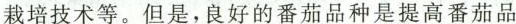
栽培技术等。但是，良好的番茄品种是提高番茄品